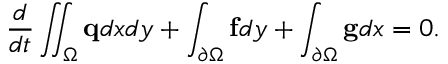
\frac { d } { d t } \iint _ { \Omega } \mathbf { q } d x d y + \int _ { \partial \Omega } \mathbf { f } d y + \int _ { \partial \Omega } \mathbf { g } d x = 0 .